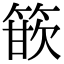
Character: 篏